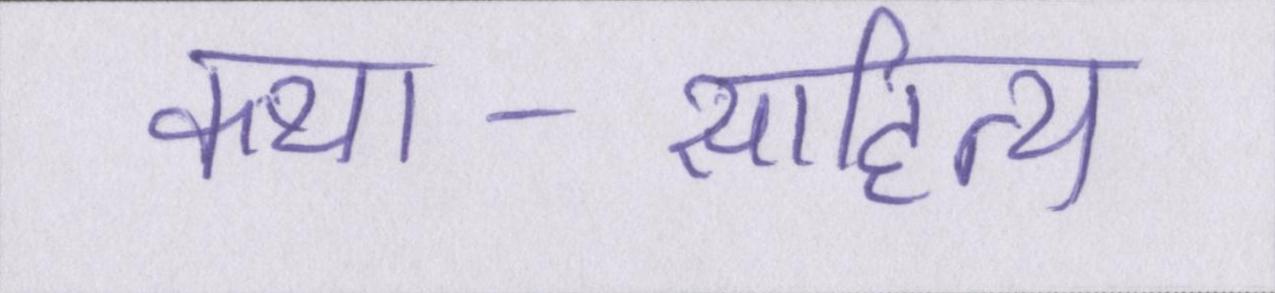
कथा-साहित्य